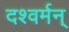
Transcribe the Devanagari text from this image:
दश्वर्मन्‌